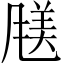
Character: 𫖿